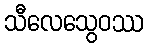
သီလေသွေဝဿ